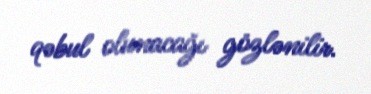
qəbul olunacağı gözlənilir.